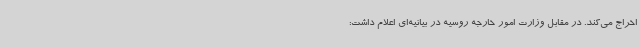
اخراج می‌کند. در مقابل وزارت امور خارجه روسیه در بیانیه‌ای اعلام داشت: